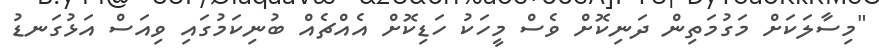
"މިސާލަކަށް މަގުމަތިން ދަނިކޮށް ވެސް މީހަކު ހަޑިކޮށް އެއްޗެއް ބުނިކަމުގައި ވިއަސް އަޅުގަނޑު